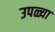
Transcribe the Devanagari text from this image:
उपळ्या